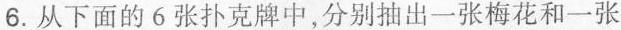
6.从下面的6张扑克牌中，分别抽出一张梅花和一张